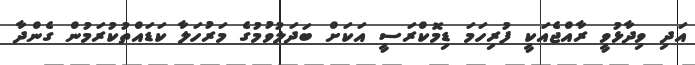
އަދި ވިދާޅުވީ ރާއްޖެއަކީ ފުރިހަމަ ޑިމޮކްރަސީ އަކަށް ބަދަލުވުމުގެ މަރުހަލާ ކަޑައްތުކުރަމުން ގެންދާ